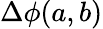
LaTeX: \Delta\phi(a,b)